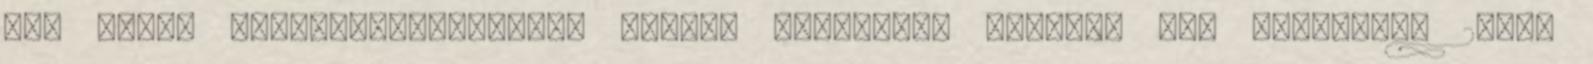
egy olyan pénzvisszatérítést nyújtó kártyával költök, ami átlagosan 2%-ot